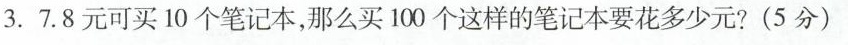
3.7.8元可买10个笔记本，那么买100个这样的笔记本要花多少元?(5分)